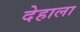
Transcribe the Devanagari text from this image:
देहाला